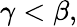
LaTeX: \gamma<\beta,